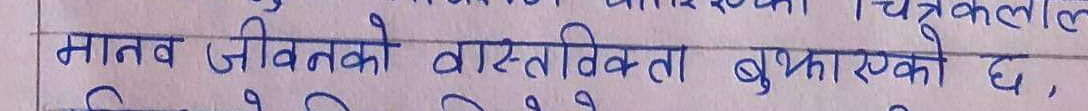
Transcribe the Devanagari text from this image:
मानव जीवनको वास्तविकता बुझाएको छ,